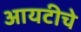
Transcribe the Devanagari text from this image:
आयटीचे